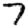
Digit: 7